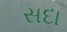
સદા